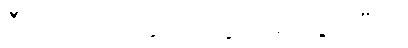
ဒီလောက်ပဲ၊ ခု ဒါတွေက ရိုးသွားပြီဗျ။